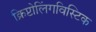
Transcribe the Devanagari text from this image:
क्रिप्टोलिंगविस्टिक